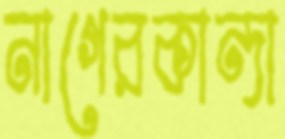
নাগেরকান্দা